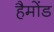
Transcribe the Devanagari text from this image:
हैमोंड